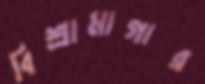
বিশ্রামাগার